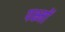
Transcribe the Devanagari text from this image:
पक्ष्मों